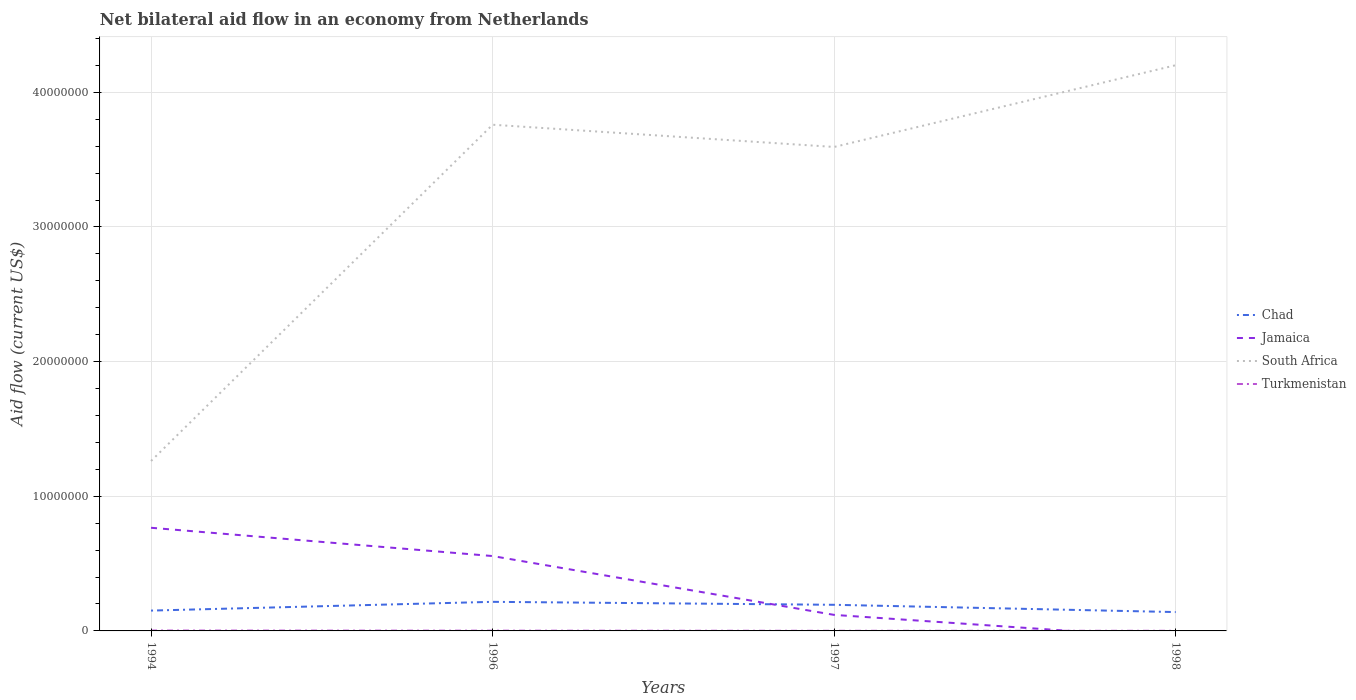
| Years | Chad | Jamaica | South Africa | Turkmenistan |
 | --- | --- | --- | --- | --- |
 | 1994 | 1.51e+06 | 7.66e+06 | 1.26e+07 | 3e+04 |
 | 1996 | 2.16e+06 | 5.56e+06 | 3.76e+07 | 2e+04 |
 | 1997 | 1.94e+06 | 1.19e+06 | 3.59e+07 | 1e+04 |
 | 1998 | 1.4e+06 | -5.3e+05 | 4.2e+07 | 1e+04 |